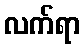
လက်ရာ